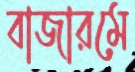
বাজারমে